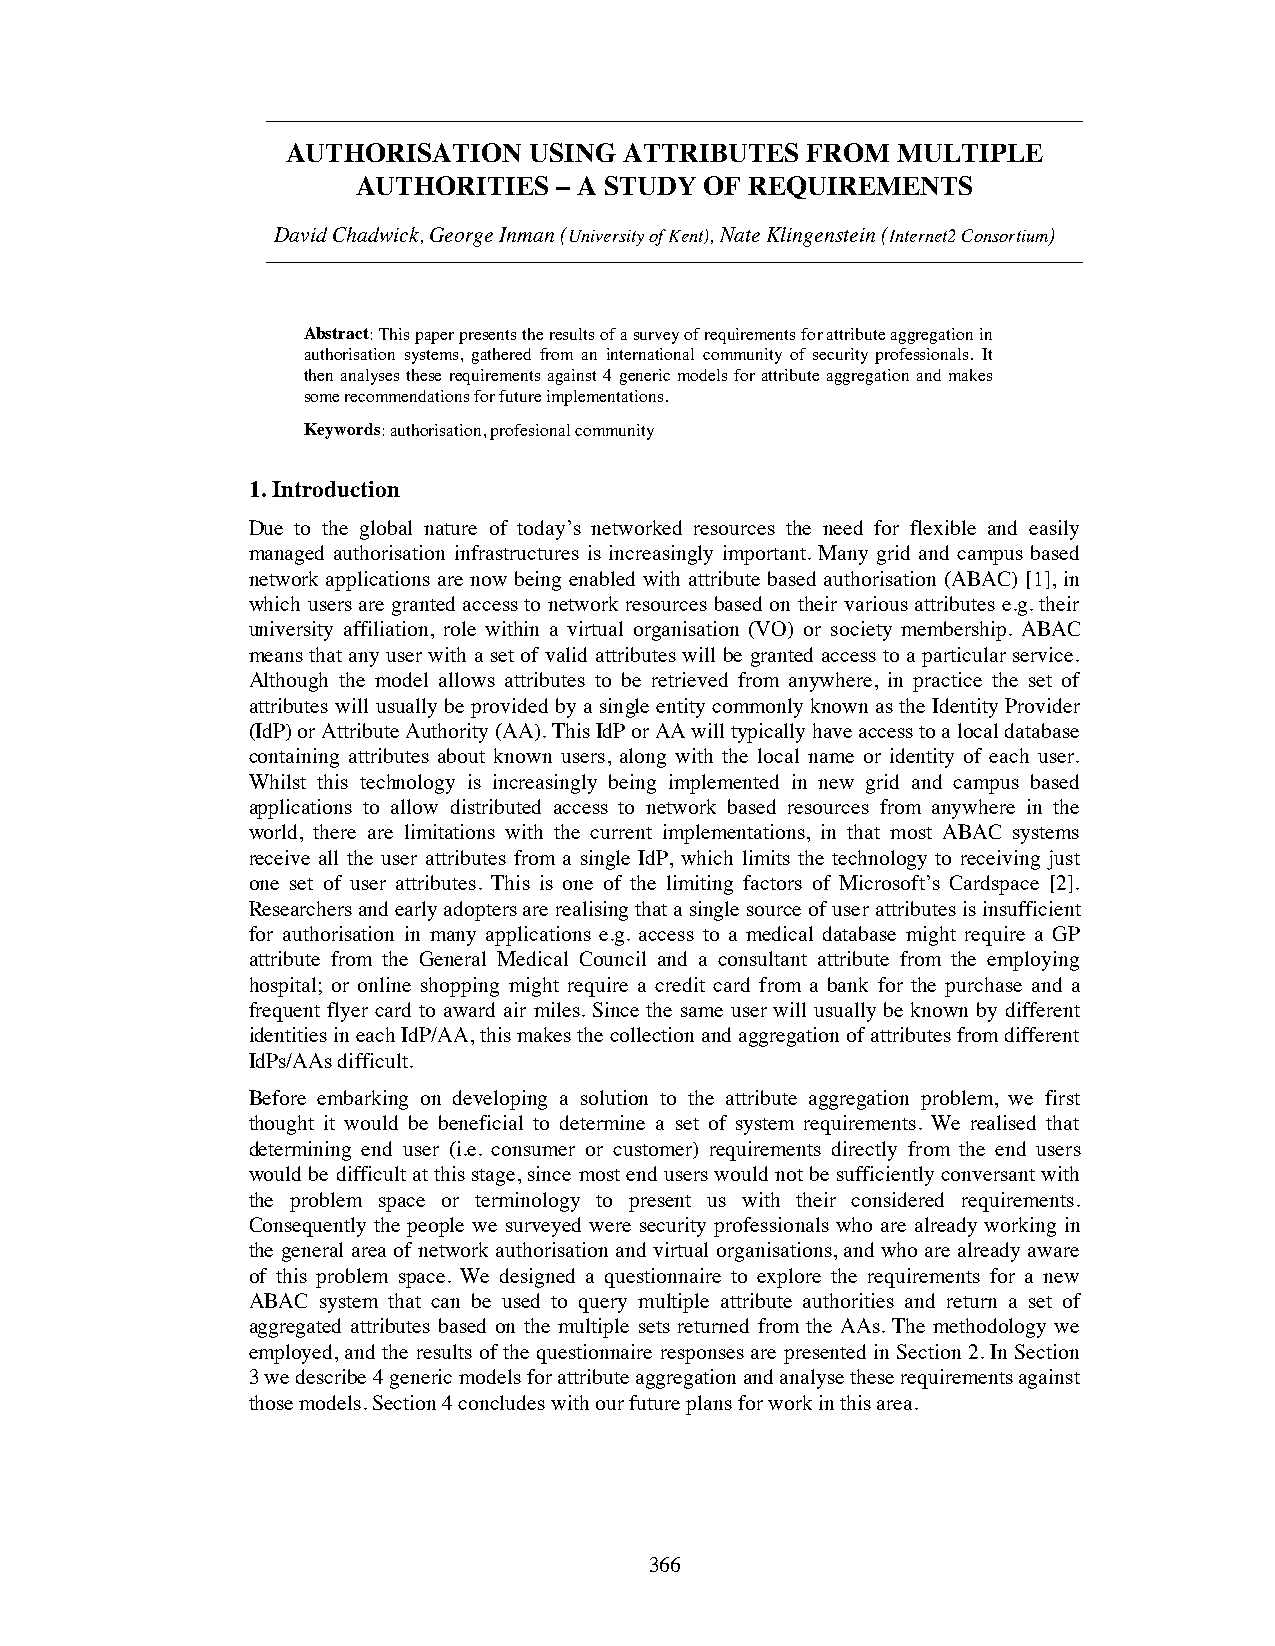
AUTHORISATION   USING ATTRIBUTES  FROM  MULTIPLE
 AUTHORITIES  – A STUDY OF REQUIREMENTS
 David Chadwick, George Inman (University of Kent), Nate Klingenstein (Internet2 Consortium)
 Abstract:This paper presents the results of a survey of requirements for attribute aggregation in
 authorisation systems, gathered from an international community of security professionals. It
 then analyses these requirements against 4 generic models for attribute aggregation and makes
 some recommendations for future implementations.
 Keywords:authorisation, profesional community
 1. Introduction
 Due to the global nature of today’s networked resources the need for flexible and easily
 managed authorisation infrastructures is increasingly important. Many grid and campus based
 network applications are now being enabled with attribute based authorisation (ABAC) [1], in
 which users are granted access to network resources based on their various attributes e.g. their
 university affiliation, role within a virtual organisation (VO) or society membership. ABAC
 means that any user with a set of valid attributes will be granted access to a particular service.
 Although the model allows attributes to be retrieved from anywhere, in practice the set of
 attributes will usually be provided by a single entity commonly known as the Identity Provider
 (IdP) or Attribute Authority (AA). This IdP or AA will typically have access to a local database
 containing attributes about known users, along with the local name or identity of each user.
 Whilst this technology is increasingly being implemented in new grid and campus based
 applications to allow distributed access to network based resources from anywhere in the
 world, there are limitations with the current implementations, in that most ABAC systems
 receive all the user attributes from a single IdP, which limits the technology to receiving just
 one set of user attributes. This is one of the limiting factors of Microsoft’s Cardspace [2].
 Researchers and early adopters are realising that a single source of user attributes is insufficient
 for authorisation in many applications e.g. access to a medical database might require a GP
 attribute from the General Medical Council and a consultant attribute from the employing
 hospital; or online shopping might require a credit card from a bank for the purchase and a
 frequent flyer card to award air miles. Since the same user will usually be known by different
 identities in each IdP/AA, this makes the collection and aggregation of attributes from different
 IdPs/AAs difficult.
 Before embarking on developing a solution to the attribute aggregation problem, we first
 thought it would be beneficial to determine a set of system requirements. We realised that
 determining end user (i.e. consumer or customer) requirements directly from the end users
 would be difficult at this stage, since most end users would not be sufficiently conversant with
 the problem space or terminology to present us with their considered requirements.
 Consequently the people we surveyed were security professionals who are already working in
 the general area of network authorisation and virtual organisations, and who are already aware
 of this problem space. We designed a questionnaire to explore the requirements for a new
 ABAC system that can be used to query multiple attribute authorities and return a set of
 aggregated attributes based on the multiple sets returned from the AAs. The methodology we
 employed, and the results of the questionnaire responses are presented in Section 2. In Section
 3 we describe 4 generic models for attribute aggregation and analyse these requirements against
 those models. Section 4 concludes with our future plans for work in this area.
 366